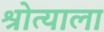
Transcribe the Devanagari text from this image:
श्रोत्याला